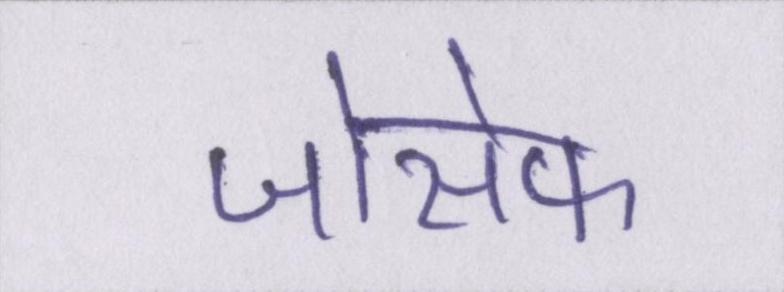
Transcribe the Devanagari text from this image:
जोसेफ